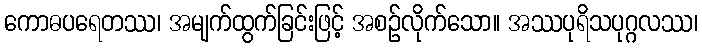
ကောဓပရေတဿ၊ အမျက်ထွက်ခြင်းဖြင့် အစဉ်လိုက်သော။ အဿပုရိသပုဂ္ဂလဿ၊